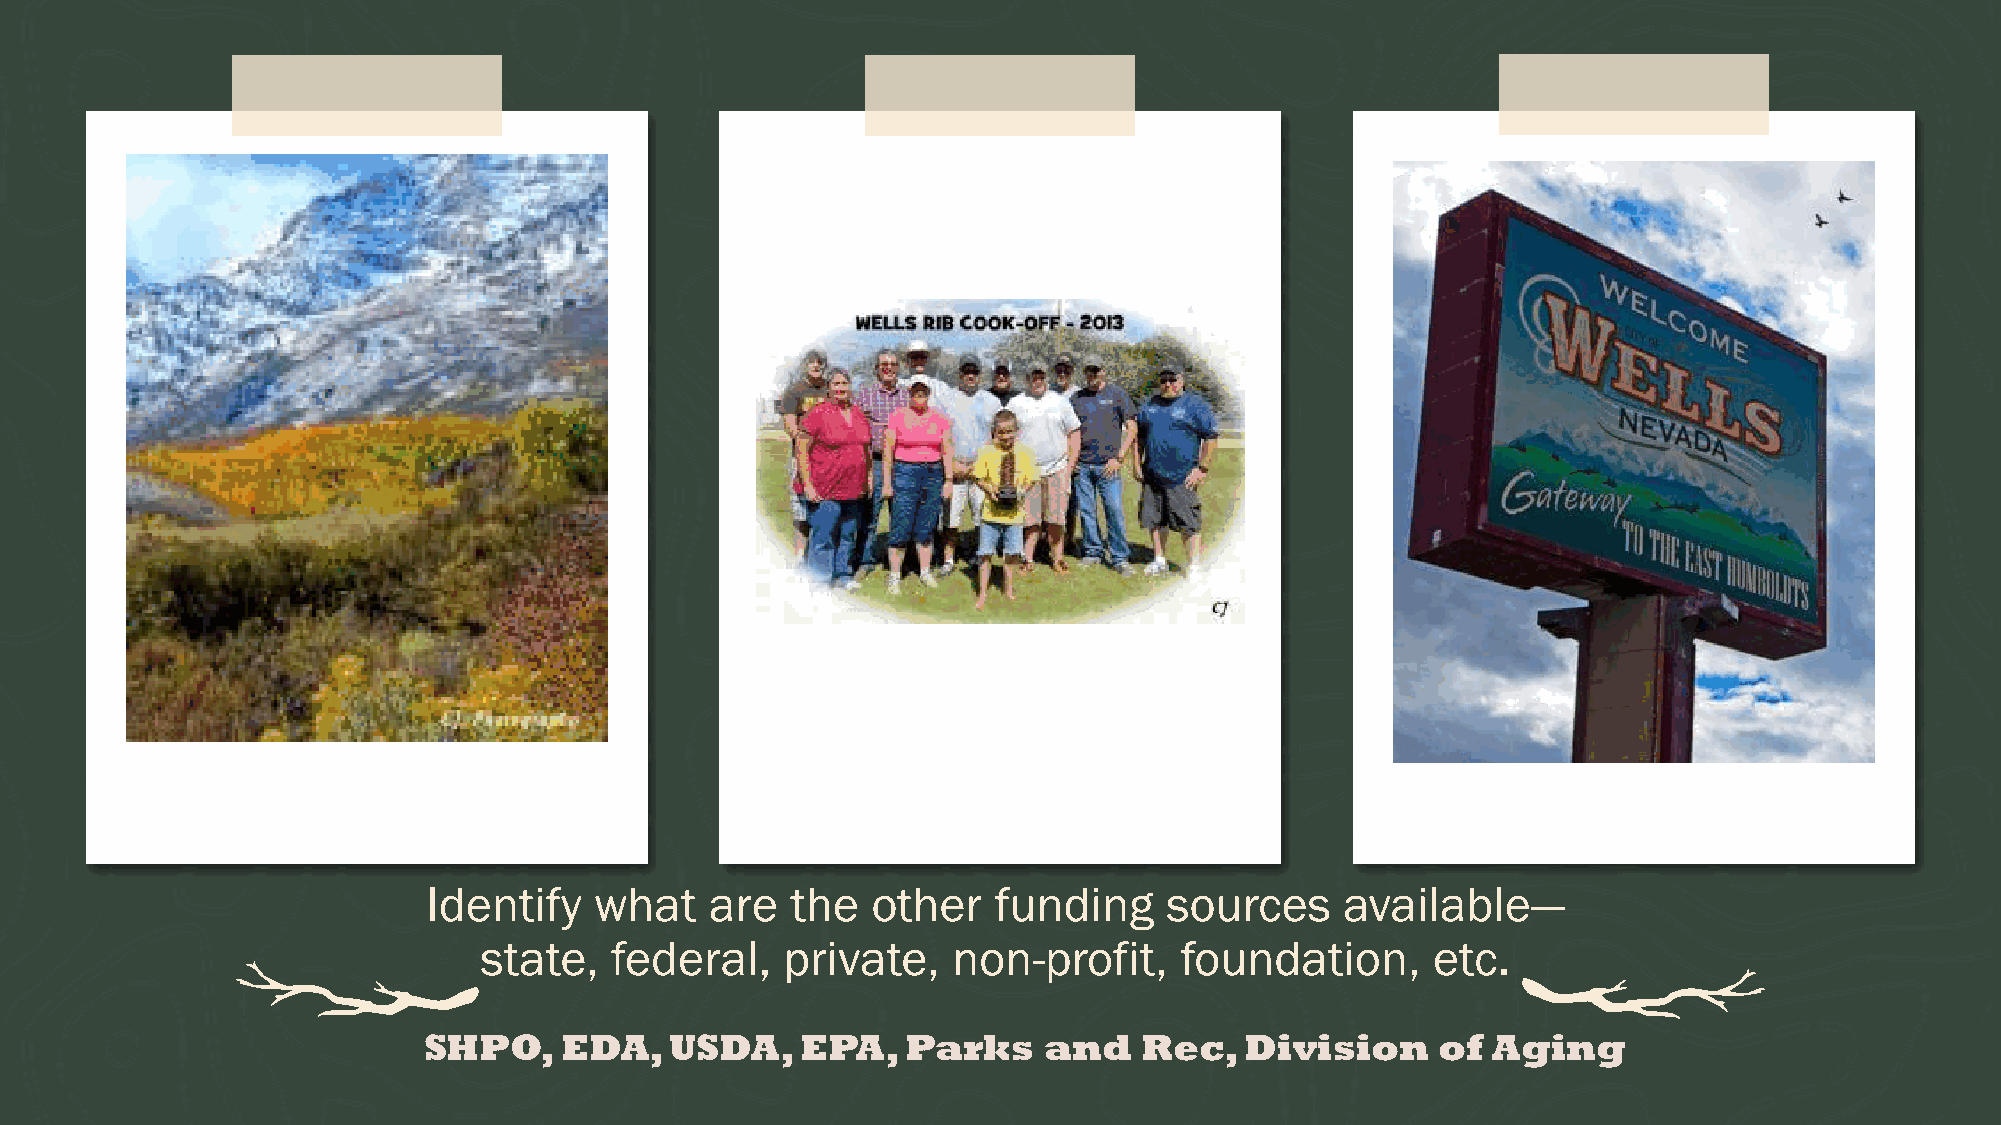
Identify   what    are  the   other   funding    sources     available—
 state,  federal,    private,   non-profit,    foundation,      etc.
 SHPO,    EDA,   USDA,    EPA,   Parks    and    Rec,  Division     of  Aging